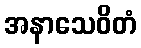
အနာသေဝိတံ